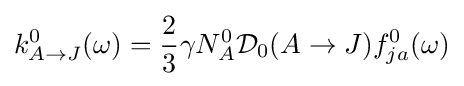
k_{A\to J}^{0}(\omega )={\frac {2}{3}}\gamma N_{A}^{0}{\mathcal {D}}_{0}(A\to J)f_{ja}^{0}(\omega )